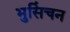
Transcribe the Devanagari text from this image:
भुसिंचन